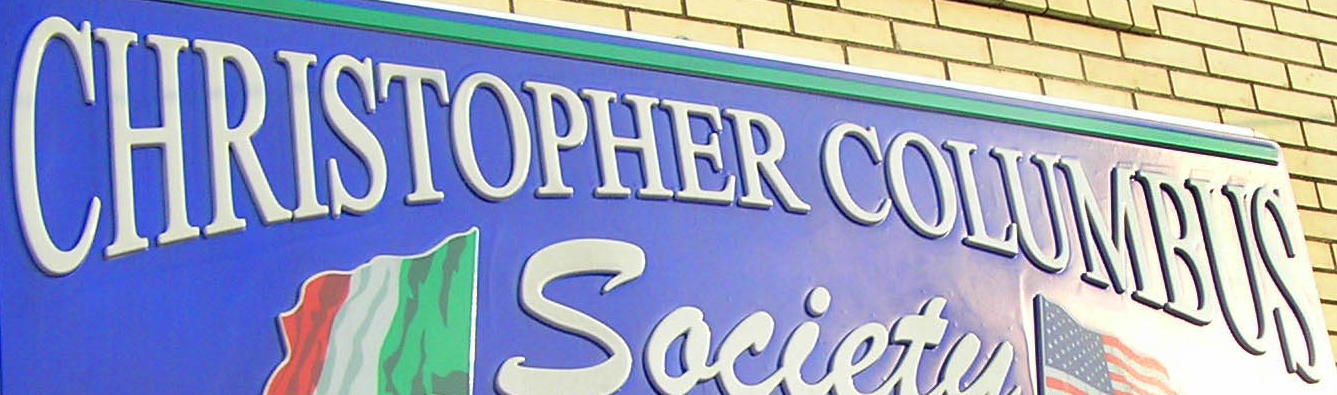
CHRISTOPHER COLUMBUS